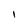
Character: I